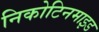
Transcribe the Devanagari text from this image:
निकोटिनमाइड